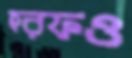
হরফও